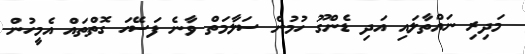
މަދިރި ނައްތާލައި އަދި ޑެންގޫ ހުމުން ސަލާމަތް ވާނެ ފަސޭހަ ގޮތްތައް އެމީހުން